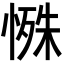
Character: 𪬔